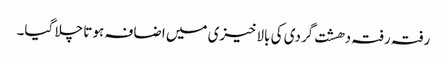
رفتہ رفتہ دھشت گردی کی بالاخیزی میں اضافہ ہوتا چلا گیا۔